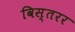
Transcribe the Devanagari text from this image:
विस्तरर